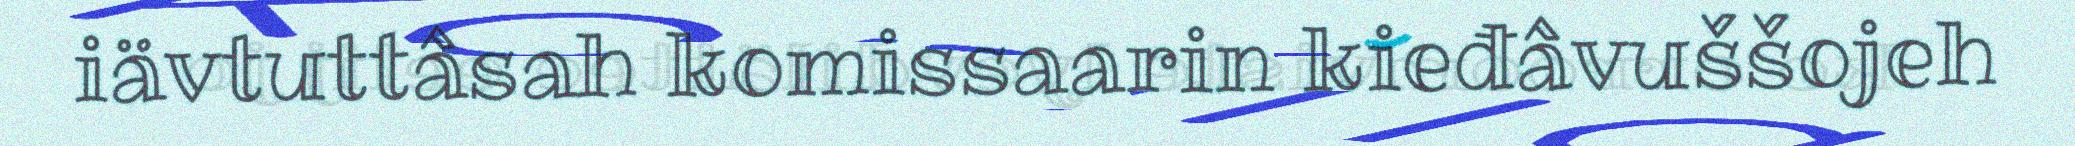
iävtuttâsah komissaarin kieđâvuššojeh